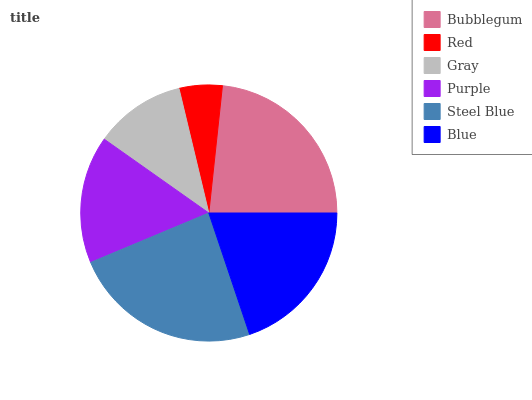
| Bubblegum | Red | Gray | Purple | Steel Blue | Blue |
 | --- | --- | --- | --- | --- | --- |
 | 23.2% | 5.43% | 11.5% | 16.1% | 23.9% | 19.9% |